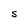
Character: S